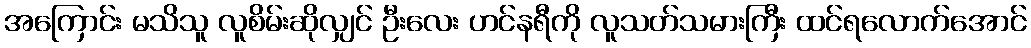
အကြောင်း မသိသူ လူစိမ်းဆိုလျှင် ဦးလေး ဟင်နရီကို လူသတ်သမားကြီး ထင်ရလောက်အောင်